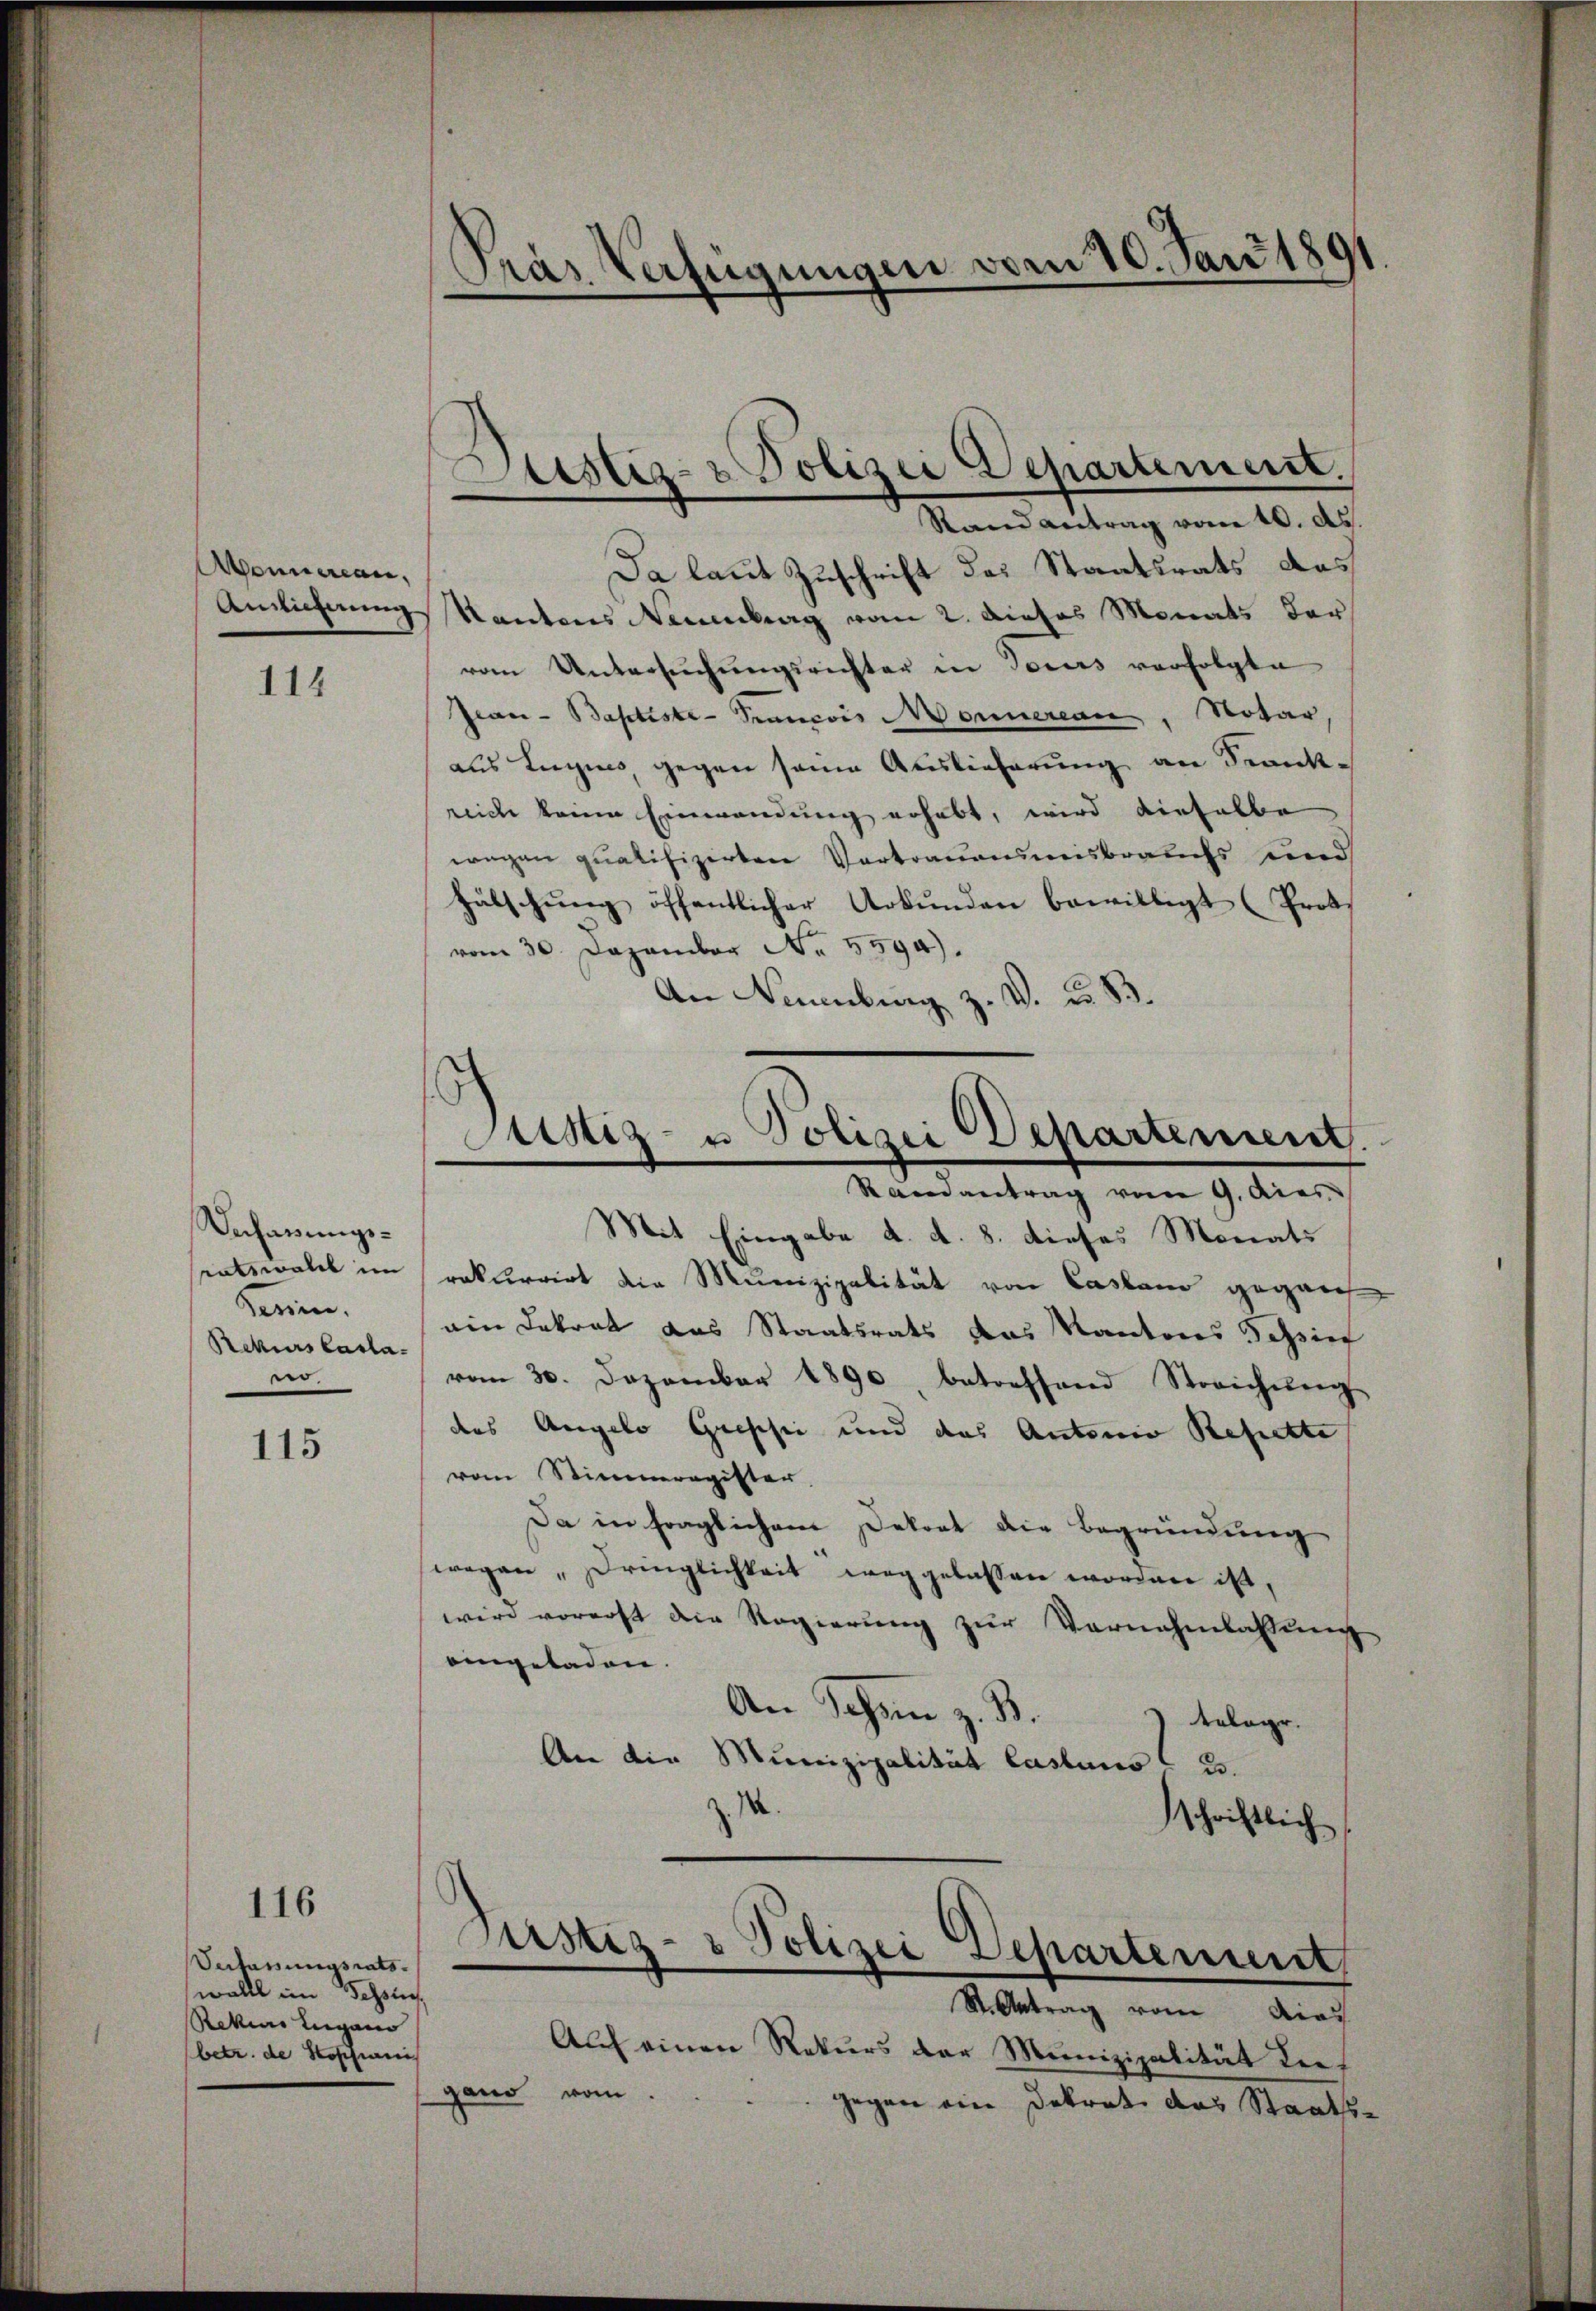
Abonnercan.

114

Achauungsratswald im
Sennen.
Rekurs Castarer.

115

116

Verfassungsrats.
wolle im Schlie
Rekene Lugano
(betr. de Stoschinis

Da laut Zuschrift des Staatsrats das
Amlicherung Kantons Neuenburg vom 2. Dieses Monats der
vom Untersŭchŭngsrichter in Torers verfolgte
Jean - Baptiste- Prancois Monnereau, Notar,
aus Lugnis, gegen seine Auslieferung an Frankrich keine Einwendung erhebt, wird dieselbe
wegen qualifizirten Vertrauensmisbrauchs und
hälschŭng öffentlicher Urkŭnden bewilligt (Prot
vom 30. Dezember No. 5594).
An Neuenburg z. V. u. 83.

Pras Verfügungen vom 10. Jan. 180

)
Justiz- & Polizei Departement.
Stand antrag vom 10. ds.

Justiz- u Polizei Departement
Randantrag vom 9. dies

Kirstiz- & Polizei Separtement

St. Antrag vom dies
Auf einen Rekurs der Munizipalität dies
gand vom
gegen ein Datrat das Staats¬

Mit Eingabe d. d. 8. dieses Monats
rekurrirt die Munizipalität von Castand gegan
ein Dekret das Staatsrats das Kantons Tessin
vom 30. Dezember 1890, betreffend Streichŭng
das Angelo Gressin und das Antonio Refechte
vom Stimmregister.
Da in fraglichem Dekret die Begründung
wegen Dringlichkeit weggelassen worden ist,
wird vorerst die Regierung zur Vernahmlassung
eingeladen.
An Schen z. B.
telegr.
An die Munizipalität Castens
23.
1
schriftlich